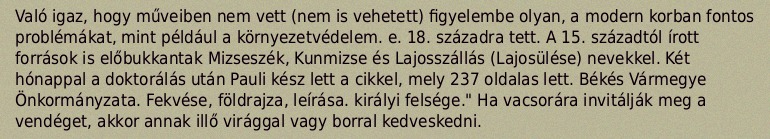
Való igaz, hogy műveiben nem vett (nem is vehetett) figyelembe olyan, a modern korban fontos problémákat, mint például a környezetvédelem. e. 18. századra tett. A 15. századtól írott források is előbukkantak Mizseszék, Kunmizse és Lajosszállás (Lajosülése) nevekkel. Két hónappal a doktorálás után Pauli kész lett a cikkel, mely 237 oldalas lett. Békés Vármegye Önkormányzata. Fekvése, földrajza, leírása. királyi felsége." Ha vacsorára invitálják meg a vendéget, akkor annak illő virággal vagy borral kedveskedni.